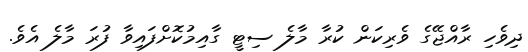
ދިވެހި ރާއްޖޭގެ ވެރިކަން ކުރާ މާލެ ސިޓީ ގާއިމުކޮށްފައިވާ ފުރަ މާލެ އެވެ.